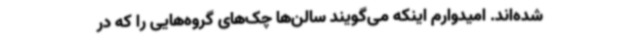
شده‌اند. امیدوارم اینکه می‌گویند سالن‌ها چک‌های گروه‌هایی را که در